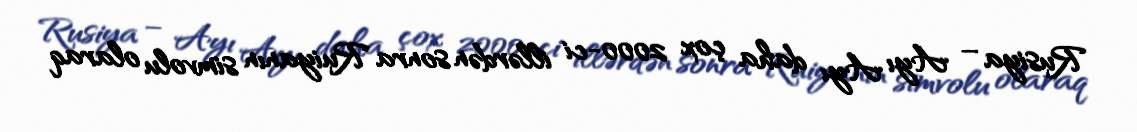
Rusiya – Ayı Ayı daha çox 2000-ci illərdən sonra Ruiyanın simvolu olaraq